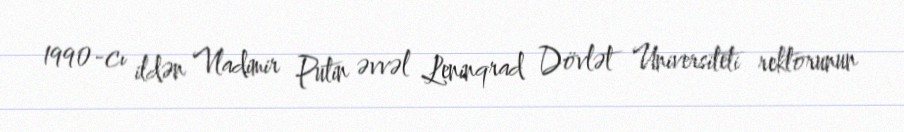
1990-cı ildən Vladimir Putin əvvəl Leninqrad Dövlət Universiteti rektorunun